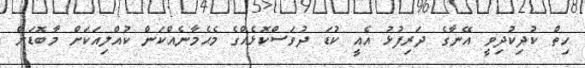
ހިތް ކުދިކުދިވީ އޭނާގެ ދަރިފުޅު އެއީ ކުޑަ ދުވަސްކޮޅެއްގެ މެޙެމާނެއްކަން ކުއްލިއަކަށް މާބޮޑަށް